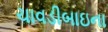
ચાવડીબાઇના